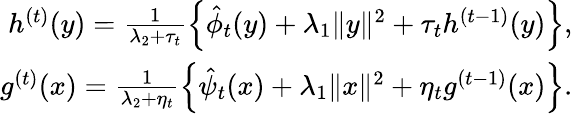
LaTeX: \begin{array}{r}{h^{(t)}(y)=\frac{1}{\lambda_{2}+\tau_{t}}\left\{ \hat{\phi}_{t}(y)+\lambda_{1}\| y\| ^{2}+\tau_{t}h^{(t-1)}(y)\right\} ,}\\ {g^{(t)}(x)=\frac{1}{\lambda_{2}+\eta_{t}}\left\{ \hat{\psi}_{t}(x)+\lambda_{1}\| x\| ^{2}+\eta_{t}g^{(t-1)}(x)\right\} .}\end{array}